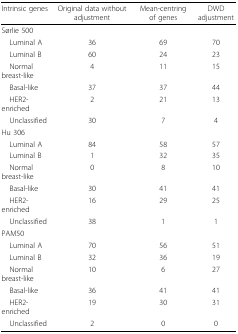
| Intrinsic genes | Original data without adjustment | Mean-centring of genes | DWD adjustment |
 | --- | --- | --- | --- |
 | Sørlie 500 |  |  |  |
 | Luminal A | 36 | 69 | 70 |
 | Luminal B | 60 | 24 | 23 |
 | Normal breast-like | 4 | 11 | 15 |
 | Basal-like | 37 | 37 | 44 |
 | HER2-enriched | 2 | 21 | 13 |
 | Unclassified | 30 | 7 | 4 |
 | Hu 306 |  |  |  |
 | Luminal A | 84 | 58 | 57 |
 | Luminal B | 1 | 32 | 35 |
 | Normal breast-like | 0 | 8 | 10 |
 | Basal-like | 30 | 41 | 41 |
 | HER2-enriched | 16 | 29 | 25 |
 | Unclassified | 38 | 1 | 1 |
 | PAM50 |  |  |  |
 | Luminal A | 70 | 56 | 51 |
 | Luminal B | 32 | 36 | 19 |
 | Normal breast-like | 10 | 6 | 27 |
 | Basal-like | 36 | 41 | 41 |
 | HER2-enriched | 19 | 30 | 31 |
 | Unclassified | 2 | 0 | 0 |